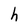
Character: h